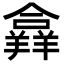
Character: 𦏐